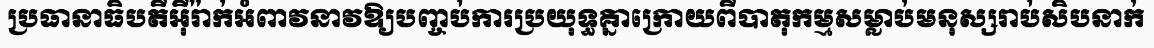
ប្រធានាធិបតីអ៊ីរ៉ាក់អំពាវនាវឱ្យបញ្ចប់ការប្រយុទ្ធគ្នាក្រោយពីបាតុកម្មសម្លាប់មនុស្សរាប់សិបនាក់